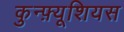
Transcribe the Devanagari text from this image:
कुन्फ़्यूशियस